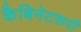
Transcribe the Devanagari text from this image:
कैबिनेटरूपी